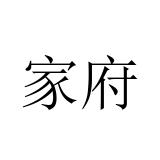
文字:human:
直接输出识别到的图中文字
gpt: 家府